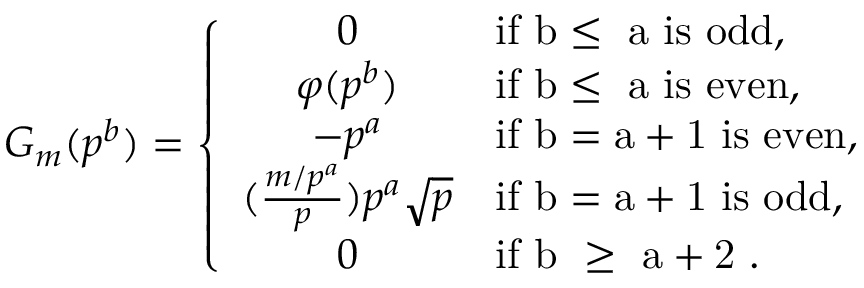
G _ { m } ( p ^ { b } ) = \left\{ \begin{array} { c l } { 0 } & { \mathrm { i f ~ b \leq ~ a ~ i s ~ o d d } , } \\ { \varphi ( p ^ { b } ) } & { \mathrm { i f ~ b \leq ~ a ~ i s ~ e v e n } , } \\ { - p ^ { a } } & { \mathrm { i f ~ b = a + 1 ~ i s ~ e v e n } , } \\ { ( \frac { m / p ^ { a } } { p } ) p ^ { a } \sqrt { p } } & { \mathrm { i f ~ b = a + 1 ~ i s ~ o d d } , } \\ { 0 } & { \mathrm { i f ~ b ~ \geq ~ a + 2 ~ } . } \end{array} \right.